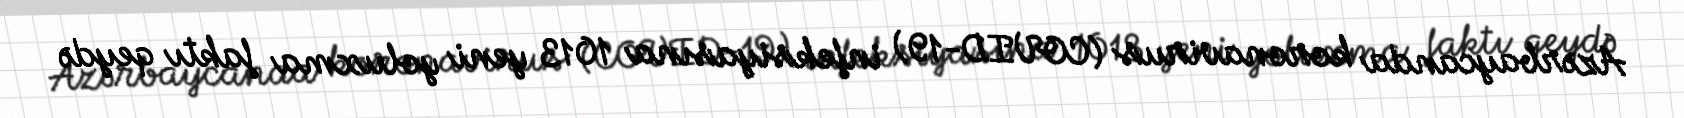
Azərbaycanda koronavirus (COVID-19) infeksiyasına 1013 yeni yoluxma faktı qeydə